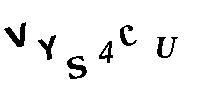
VYS4CU